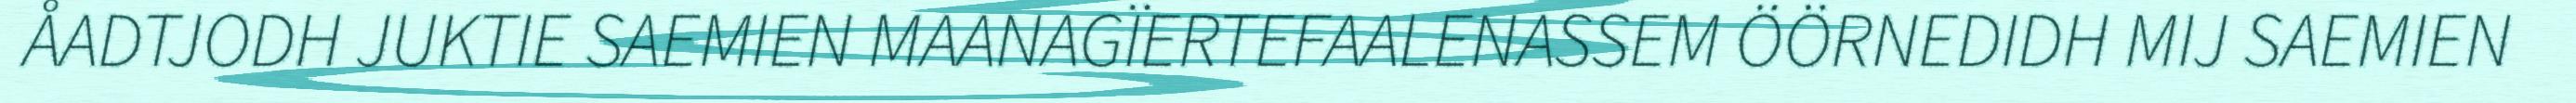
ÅADTJODH JUKTIE SAEMIEN MAANAGÏERTEFAALENASSEM ÖÖRNEDIDH MIJ SAEMIEN